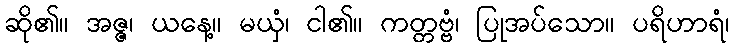
ဆို၏။ အဇ္ဇ၊ ယနေ့။ မယှံ၊ ငါ၏။ ကတ္တဗ္ဗံ၊ ပြုအပ်သော။ ပရိဟာရံ၊